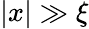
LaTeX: |x|\gg\xi